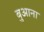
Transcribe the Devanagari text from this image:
बुआना